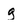
Character: g